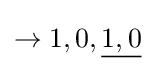
\rightarrow 1,0,{\underline {1,0}}